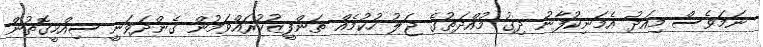
ނަމަވެސް މިއަދު އެމަނިކުފާނު ދިގު މުއްދަތުގެ ޖަލު ހުކުމެއް ތަންފީޒުކުރައްވަމުން ގެންދަވަނީ ސިއްހީގޮތުން